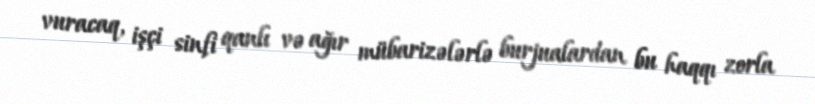
vuracaq, işçi sinfi qanlı və ağır mübarizələrlə burjualardan bu haqqı zorla